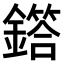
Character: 𫓌